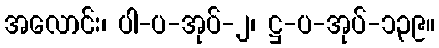
အလောင်း၊ ပါ-ပ-အုပ်-၂၊ ဋ္ဌ-ပ-အုပ်-၁၃၉။